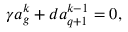
\gamma a _ { g } ^ { k } + d a _ { q + 1 } ^ { k - 1 } = 0 ,